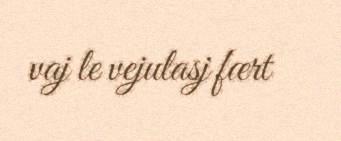
vaj le vejulasj fært